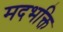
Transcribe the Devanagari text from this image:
मदभक्ति